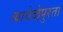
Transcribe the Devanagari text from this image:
त्यावेळेपुरता